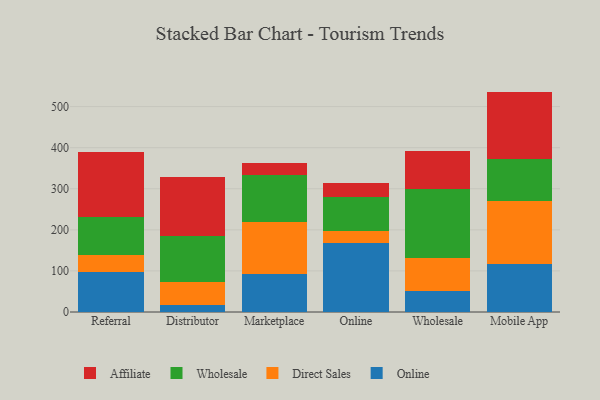
{"axis": {"x": "Channel", "y": "Latency (ms)"}, "legend": ["Affiliate", "Direct Sales", "Online", "Wholesale"], "data": [{"x": "Referral", "y": 96.3, "type": "Online"}, {"x": "Referral", "y": 41.7, "type": "Direct Sales"}, {"x": "Referral", "y": 94.2, "type": "Wholesale"}, {"x": "Referral", "y": 157.1, "type": "Affiliate"}, {"x": "Distributor", "y": 17.8, "type": "Online"}, {"x": "Distributor", "y": 54.5, "type": "Direct Sales"}, {"x": "Distributor", "y": 112.9, "type": "Wholesale"}, {"x": "Distributor", "y": 142.7, "type": "Affiliate"}, {"x": "Marketplace", "y": 93.5, "type": "Online"}, {"x": "Marketplace", "y": 126.0, "type": "Direct Sales"}, {"x": "Marketplace", "y": 114.8, "type": "Wholesale"}, {"x": "Marketplace", "y": 29.6, "type": "Affiliate"}, {"x": "Online", "y": 167.2, "type": "Online"}, {"x": "Online", "y": 29.3, "type": "Direct Sales"}, {"x": "Online", "y": 83.4, "type": "Wholesale"}, {"x": "Online", "y": 34.4, "type": "Affiliate"}, {"x": "Wholesale", "y": 51.3, "type": "Online"}, {"x": "Wholesale", "y": 80.2, "type": "Direct Sales"}, {"x": "Wholesale", "y": 168.9, "type": "Wholesale"}, {"x": "Wholesale", "y": 92.4, "type": "Affiliate"}, {"x": "Mobile App", "y": 117.2, "type": "Online"}, {"x": "Mobile App", "y": 153.9, "type": "Direct Sales"}, {"x": "Mobile App", "y": 100.5, "type": "Wholesale"}, {"x": "Mobile App", "y": 164.9, "type": "Affiliate"}]}